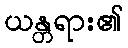
ယန္တရား၏